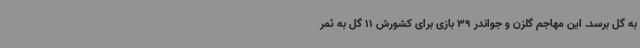
به گل برسد. این مهاجم گلزن و جواندر 39 بازی برای کشورش 11 گل به ثمر